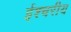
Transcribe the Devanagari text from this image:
ईश्चरीय